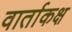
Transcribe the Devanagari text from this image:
वार्ताकक्ष